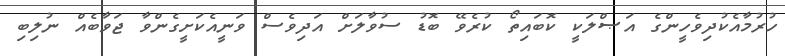
ހުރުމާއެކުދިވެހީންގެ އަޞްލަކީ ކޮބައިތޯ ކުރެވޭ ބޮޑު ސުވާލަށް އަދިވެސް ވަނީއެކަށީގެންވާ ޖަވާބެއް ނުލިބި